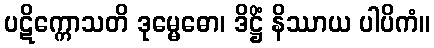
ပဋိက္ကောသတိ ဒုမ္မေဓော၊ ဒိဋ္ဌိံ နိဿာယ ပါပိကံ။